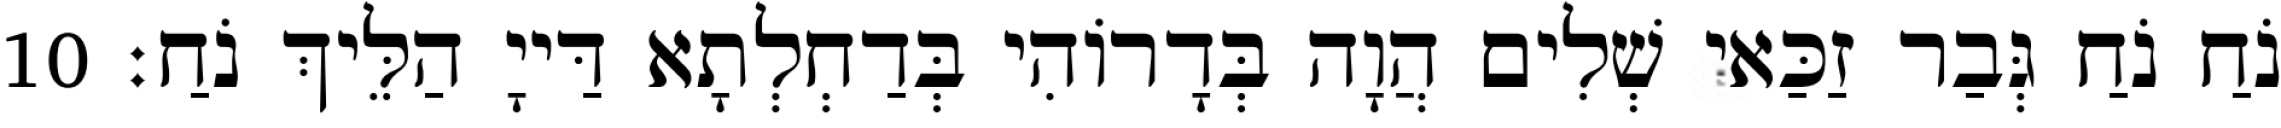
נֹחַ נֹחַ גְּבַר זַכַּאי שְׁלִים הֲוָה בְּדָרוֹהִי בְּדַחְלְתָא דַּייָ הַלֵּיךְ נֹחַ׃ 10